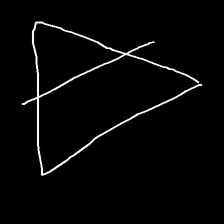
Glyph: empower